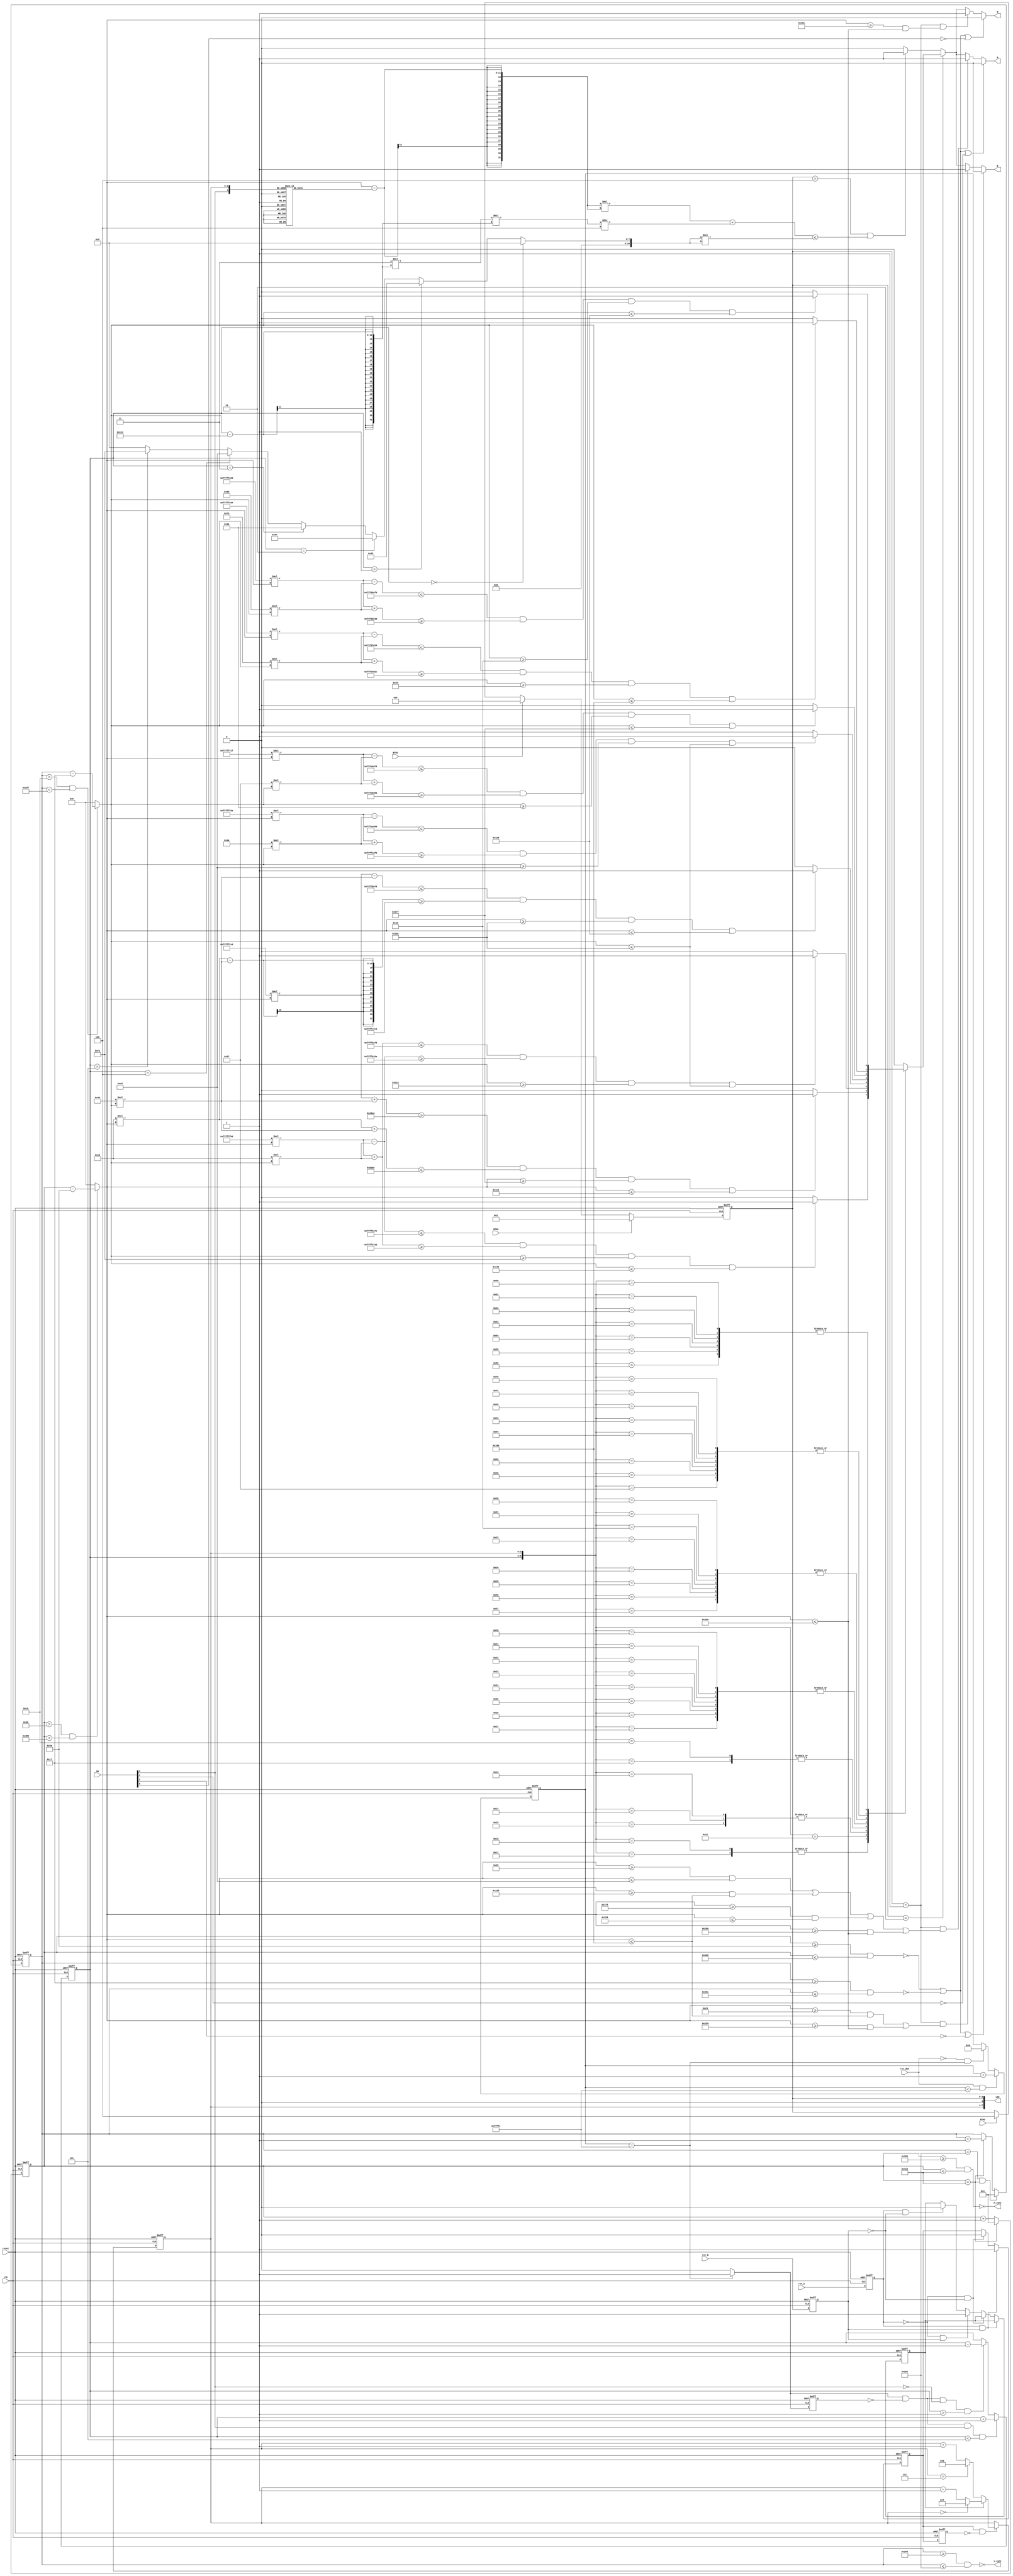
`timescale 1ns / 1ps
//////////////////////////////////////////////////////////////////////////////////
// Company: 
// Engineer: 
// 
// Design Name: 
// Module Name:    fpga3 
// Project Name: 
// Target Devices: 
// Tool versions: 
// Description: 
//
// Dependencies: 
//
// Revision: 
// Revision 0.01 - File Created
// Additional Comments: 
//
//////////////////////////////////////////////////////////////////////////////////
`timescale 1ns / 1ps
//////////////////////////////////////////////////////////////////////////////////
// Company: 
// Engineer: 
// 
// Design Name: 
// Module Name:    fpga3 
// Project Name: 
// Target Devices: 
// Tool versions: 
// Description: 
//
// Dependencies: 
//
// Revision: 
// Revision 0.01 - File Created
// Additional Comments: 
//
//////////////////////////////////////////////////////////////////////////////////
module fpga3(SW,rot_A,rot_B,rot_dwn,BTN0,BTN1,BTN2,reset,clk,LED,R,G,B,h_sync,v_sync);
input [3:0]SW;
input rot_A,rot_B,rot_dwn;
input BTN0,BTN1,BTN2;
input reset,clk;
output [7:0]LED;
output R,G,B;
output wire h_sync,v_sync;

wire [10:0]X_pix,Y_pix;
reg RR,GG,BB;
wire R210,R212,R214,R216,R220,R230,R240,R250;
wire G210,G220,G230,G240,G250,G212,G216,G214;
wire B210,B220,B230,B240,B250,B212,B216,B214;
reg [19:0]debcnt;
wire H_on,V_on;


reg [10:0]H_scan,V_scan,X_cntr;
wire [10:0]RAD;
reg [2:0]pattn,pattn_scal;
reg [3:0]rot_indx;
reg deb_A,deb_AA,dett_A,deb_B,dett_B;
wire scal1;
reg scal2;
wire scal_change;
// block for H_scan: 1-1040 //wqy


// block for H_scan: 1-1040 
always@(posedge reset or posedge clk)
  if(reset)                 H_scan= 11'h000;
  else if(H_scan== 11'd1040)  H_scan= 11'h001;
  else                    H_scan= H_scan+11'h001; 
// block for V_scan: 1-666 
always@(posedge reset or posedge clk)
  if(reset)                 V_scan= 11'h000;
  else if(V_scan== 11'd666 &&H_scan== 11'd1040 )  V_scan= 11'h001;
  else if(H_scan== 11'd1040)  V_scan= V_scan+11'h001; 
  else                     V_scan= V_scan;

// block for H_on and V_on
assign  H_on= (H_scan>= 11'd0105 && H_scan<= 11'd0904);
assign  V_on= (V_scan>= 11'd0023 && V_scan<= 11'd0622);

// block for h_sync and v_sync
assign  h_sync= ~(H_scan>= 11'd0921 && H_scan<= 11'd1040);
assign  v_sync= ~(V_scan>= 11'd0659 && V_scan<= 11'd0666);

// block for X_pix and Y_pix
assign  X_pix= (H_scan>11'd0104 && H_scan<11'd0905)? H_scan - 11'd0105 : 11'd0000;
assign  Y_pix= (V_scan>11'd0022 && V_scan<11'd0623)? V_scan - 11'd0023 : 11'd0000;

assign  R= RR;
assign  G= GG;            			  
assign  B= BB;

always@(*)
 if(~H_on || ~V_on || ~SW[0])                   RR=1'b0;
else if(pattn==3'b001 &&
	  (X_pix>=11'd0401 && X_pix<=11'd0800))  RR= 1'b1;
 else if(pattn==3'b010)
      case({pattn_scal, rot_indx}) 
	   7'b0010000:                           RR= R210;
	   7'b0010001:                           RR= R210; 
       7'b0010010:                           RR= R212;
		  7'b0010011:                           RR= R214;
       7'b0010100:                           RR= R214;
	   7'b0010101:                           RR= R214; 
       7'b0010110:                           RR= R216;
	   7'b0010111:                           RR= R216;
       7'b0100000,   
	   7'b0100001,    
       7'b0100010,   
	   7'b0100011,   	
       7'b0100100,   
		7'b0100101,    
        7'b0100110,   
	    7'b0100111:                          RR= R220;
        7'b0110000,   
	    7'b0110001,    
        7'b0110010,   
	    7'b0110011,   	
        7'b0110100,   
		7'b0110101,    
        7'b0110110,   
		7'b0110111:                          RR= R230;
        7'b1000000,   
		7'b1000001,    
        7'b1000010,   
		7'b1000011,   	
        7'b1000100,   
		7'b1000101,    
        7'b1000110,   
	    7'b1010111:                         RR= R240;	
        7'b1010000,   
	    7'b1010001,    
        7'b1010010,
	    7'b1010011,
        7'b1010100,   
		7'b1010101,    
        7'b1010110,   
		7'b1010111:                         RR= R250;
		default:                             RR= 1'b0;
		  endcase				
else if(pattn==3'b100 && (X_pix-X_cntr)*(X_pix-X_cntr)+3*(Y_pix-300)*(Y_pix-300)/4<=RAD*RAD)
			   RR = 1'b1;
else                                       RR= 1'b0;	
// - - - - - - - - - - - subfunctional modules
assign  
        R210= (-75*X_pix-29*Y_pix<=-37250 &&  
               -75*X_pix+29*Y_pix>=-22750 &&
		  			Y_pix>=250 && Y_pix<=325)?      1:0,
       /*R210= (-75*X_pix-29*Y_pix>-37250)?      0:
		     (-75*X_pix+29*Y_pix<-22750)?     0:
		     (Y_pix>325)?                    0:
		     (Y_pix<250)?                    0: 1;//YU*/
/*assign*/  R220= (-150*X_pix-58*Y_pix<=-71600 &&  
             -150*X_pix+58*Y_pix>=-48400 &&
			 Y_pix>=200 && Y_pix<=350)?        1:0,//
       R230= (-225*X_pix-87*Y_pix<=-103050 &&  
              -225*X_pix+87*Y_pix>=-76950 &&
		      Y_pix>=150 && Y_pix<=375)?        1:0,
	   R240= (-300*X_pix-115*Y_pix<=-131500 &&  
             -300*X_pix+115*Y_pix>=-108500 &&
			  Y_pix>=100 && Y_pix<=400)?        1:0,
	   R250= (-375*X_pix-144*Y_pix<=-157200 &&  
             -375*X_pix+144*Y_pix>=-142800 &&
			  Y_pix>=50 && Y_pix<=425)?         1:0;
assign  
		R212= (-29*X_pix+75*Y_pix>=9450 &&  
               29*X_pix+75*Y_pix<=35550 &&X_pix>=375 && X_pix<=450)?       1:0,
		R216= (-29*X_pix-75*Y_pix<=-32650 &&  
               29*X_pix-75*Y_pix>=-12350 &&
			   X_pix>=350 && X_pix<=425)?       1:0,
		R214= (-75*X_pix+29*Y_pix<=-19850 &&  
               -75*X_pix-29*Y_pix>=-40150 &&
			   Y_pix>=275 && Y_pix<=350)?       1:0;	

always@(*)
   if(~H_on || ~V_on || ~SW[1])                    GG=1'b0;
 else if(pattn==3'b001 &&
	   ((X_pix>=11'd0101 && X_pix<=11'd0200) ||
		(X_pix>=11'd0301 && X_pix<=11'd0400)||(X_pix>=11'd0501&&X_pix<=11'd0600 )||(X_pix>=11'd0701&&X_pix<=11'd0800)))   GG= 1'b1;
 else if(pattn==3'b010 )
     case({pattn_scal,rot_indx})
	  7'b0010000,                                 
	  7'b0010001:                        GG= G210;
	  7'b0010010:                        GG= G212;
	  7'b0010011,                        
	  7'b0010100,                        
	  7'b0010101:                        GG= G214;
	  7'b0010110,                        	  
	  7'b0010111:                        GG= G216;
	  7'b0100000, 7'b0100001, 7'b0100010,  
		7'b0100011, 7'b0100100, 7'b0100101,    
      7'b0100110, 7'b0100111:               GG= G220;
		7'b0110000, 7'b0110001, 7'b0110010,   
	   7'b0110011, 7'b0110100, 7'b0110101,    
      7'b0110110, 7'b0110111:               GG= G230;
		7'b1000000, 7'b1000001, 7'b1000010,   
		7'b1000011, 7'b1000100, 7'b1000101,    
      7'b1000110, 7'b1010111:               GG= G240;
		7'b1010000, 7'b1010001, 7'b1010010,
	   7'b1010011, 7'b1010100, 7'b1010101,    
      7'b1010110, 7'b1010111:               GG= G250;
		default:                              GG= 1'b0;
    endcase
 else if(pattn==3'b100 && (X_pix-X_cntr)*(X_pix-X_cntr)+ 3*(Y_pix-300)*(Y_pix-300)/4<=RAD*RAD)   
			                                 GG= 1'b1;
 else                                         GG= 1'b0;
// - - - - - - - - - - - - subfunctional modules
assign  G210= (-75*X_pix-29*Y_pix<=-37250 &&  
             -75*X_pix+29*Y_pix>=-22750 &&
			 Y_pix>=250 && Y_pix<=325)?          1:0,
	   G220= (-150*X_pix-58*Y_pix<=-71600 &&  
             -150*X_pix+58*Y_pix>=-48400 &&
			  Y_pix>=200 && Y_pix<=350)?         1:0,
	 G230= (-225*X_pix-87*Y_pix<=-103050 &&  
             -225*X_pix+87*Y_pix>=-76950 &&
			  Y_pix>=150 && Y_pix<=375)?         1:0,
	   G240= (-300*X_pix-115*Y_pix<=-131500 &&  
             -300*X_pix+115*Y_pix>=-108500 &&
			  Y_pix>=100 && Y_pix<=400)?         1:0,
	   G250= (-375*X_pix-144*Y_pix<=-157200 &&  
             -375*X_pix+144*Y_pix>=-142800 &&
			  Y_pix>=50 && Y_pix<=425)?          1:0;

assign  
		G212= (-29*X_pix+75*Y_pix>=9450 &&  
               29*X_pix+75*Y_pix<=35550 &&X_pix>=375 && X_pix<=450)?       1:0,
		G216= (-29*X_pix-75*Y_pix<=-32650 &&  
               29*X_pix-75*Y_pix>=-12350 &&
			   X_pix>=350 && X_pix<=425)?       1:0,
		G214= (-75*X_pix+29*Y_pix<=-19850 &&  
               -75*X_pix-29*Y_pix>=-40150 &&
			   Y_pix>=275 && Y_pix<=350)?       1:0;	

		
always@(*)
 if(~H_on || ~V_on || ~SW[2])                   BB=1'b0;
else if(pattn==3'b001 && 
	  ((X_pix>=11'd0201 && X_pix<=11'd0400)||
	   (X_pix>=11'd0601 && X_pix<=11'd0800)))   BB= 1'b1;
 else if(pattn==3'b010)
    case({pattn_scal,rot_indx})
	  7'b0010000,                                 
	  7'b0010001:                        BB= B210;
	  7'b0010010:                        BB= B212;
	  7'b0010011,                        
	  7'b0010100,                        
	  7'b0010101:                        BB= B214;
	  7'b0010110,                        	  
	  7'b0010111:                        BB= B216;
	  7'b0100000, 7'b0100001, 7'b0100010,  
		7'b0100011, 7'b0100100, 7'b0100101,    
      7'b0100110, 7'b0100111:               BB= B220;
		7'b0110000, 7'b0110001, 7'b0110010,   
	   7'b0110011, 7'b0110100, 7'b0110101,    
      7'b0110110, 7'b0110111:               BB= B230;
		7'b1000000, 7'b1000001, 7'b1000010,   
		7'b1000011, 7'b1000100, 7'b1000101,    
      7'b1000110, 7'b1010111:               BB= B240;
		7'b1010000, 7'b1010001, 7'b1010010,
	   7'b1010011, 7'b1010100, 7'b1010101,    
      7'b1010110, 7'b1010111:               BB= B250;
		default:                              BB= 1'b0;
    endcase
  else if(pattn==3'b100 && (X_pix-X_cntr)*(X_pix-X_cntr)+3*(Y_pix-300)*(Y_pix-300)/4<=RAD*RAD)   
			                                BB= 1'b1;
  else                                        BB= 1'b0;
// - - - - - - - - subfunctional modules
assign  B210= (-75*X_pix-29*Y_pix<=-37250 &&  
             -75*X_pix+29*Y_pix>=-22750 &&
			  Y_pix>=250 && Y_pix<=325)?        1:0,
	   B220= (-150*X_pix-58*Y_pix<=-71600 &&  
             -150*X_pix+58*Y_pix>=-48400 &&
			  Y_pix>=200 && Y_pix<=350)?        1:0,
       B230= (-225*X_pix-87*Y_pix<=-103050 &&  
             -225*X_pix+87*Y_pix>=-76950 &&
				 	  Y_pix>=150 && Y_pix<=375)?        1:0,
	   B240= (-300*X_pix-115*Y_pix<=-131500 &&  
             -300*X_pix+115*Y_pix>=-108500 &&
			  Y_pix>=100 && Y_pix<=400)?        1:0,
	   B250= (-375*X_pix-144*Y_pix<=-157200 &&  
             -375*X_pix+144*Y_pix>=-142800 &&
			  Y_pix>=50 && Y_pix<=425)?         1:0;

	assign	B212= (-29*X_pix+75*Y_pix>=9450 &&  
					29*X_pix+75*Y_pix<=35550 &&
					X_pix>=375 && X_pix<=450)?        1'b1:1'b0;
assign	B214= (-75*X_pix+29*Y_pix<=-19850 &&  
					-75*X_pix-29*Y_pix>=-40150 &&
					Y_pix>=275 && Y_pix<=350)?        1'b1:1'b0;	

assign	B216= (-29*X_pix-75*Y_pix<=-32650 &&  
					29*X_pix-75*Y_pix>=-12350 &&
				   X_pix>=350 && X_pix<=425)?        1'b1:1'b0;
always@(posedge reset or posedge clk)
  if(reset)      pattn<= 3'b000;           
  else if(BTN0)  pattn<= 3'b001;      // display of 8 vertical bars
  else if(BTN1)  pattn<= 3'b010;      // display of triangle 
  else if(BTN2)  pattn<= 3'b100;      // display of circles
  else         pattn<= pattn;
// block for pattn-scaling settings
always@(posedge reset or posedge clk)
 if(reset)                               debcnt= 20'h00000; 
 else if(rot_dwn && debcnt<20'hFFFFE)    debcnt= debcnt+20'h00001;
 else if(~rot_dwn && debcnt==20'hffffe)  debcnt= 20'h00000;
 else if(~rot_dwn && debcnt!=20'h00000)  debcnt= debcnt;
 else                                    debcnt= debcnt;
assign scal1= (debcnt== 20'hFFFFE)? 1 : 0;
always@(posedge reset or posedge clk)
 if(reset)         scal2= 1'b0;
 else              scal2= scal1; 
assign scal_change= scal1 && ~scal2;
 
always@(posedge reset or negedge clk)
 if(reset)                           pattn_scal= 3'b000;
 else if(scal_change && 
        SW[3] && pattn_scal<3'h5)   pattn_scal= pattn_scal+3'b001;
 else if(scal_change &&  ~SW[3] && pattn_scal>3'h1)  pattn_scal= pattn_scal-3'b001;
 else                                pattn_scal= pattn_scal;
always@(posedge reset or negedge clk)
 if(reset)  rot_indx= 4'h0;
 else if(deb_A & ~deb_AA)
       if(deb_B)    
		 begin
		 if(rot_indx==4'h0)
		      rot_indx= 
				      4'h7 ;
						else rot_indx=rot_indx- 4'h1;
				end
       else rot_indx= (rot_indx==4'h7)?  
		            4'h0 : rot_indx+ 4'h1;
 else       rot_indx= rot_indx;				

always@(posedge reset or posedge clk)
 if(reset)   begin dett_A=1'b1;
                  dett_B=1'b1;
            end
 else        begin dett_A=rot_A;
                  dett_B=rot_B;
            end 
									 
									 
always@(posedge reset or posedge clk) 
 if(reset)                   begin deb_A=1'b1;
                                   deb_B=1'b1;
                             end
 else if(dett_A && dett_B)   begin deb_A=1'b1;
                                   deb_B=deb_B;
                             end
 else if(~dett_A && ~dett_B) begin deb_A=1'b0;
                                   deb_B=deb_B;
                             end
 else if(~dett_A && dett_B)  begin deb_A=deb_A;
                                 deb_B=1'b1;
                             end
 else if(dett_A && ~dett_B)  begin deb_A=deb_A; 
                                   deb_B=1'b0;
                             end
									  
always@(posedge reset or posedge clk)
 if(reset)       deb_AA= 1'b1;
 else            deb_AA= deb_A;    // relationship btw deb_A and deb_AA?
 
 assign   RAD= (pattn_scal== 3'b000)?  11'd000 :
              (pattn_scal== 3'b001)?  11'd050 :
				  (pattn_scal== 3'b010)?  11'd100 :
				  (pattn_scal== 3'b011)?  11'd150 :
				  (pattn_scal== 3'b100)?  11'd200 :
				  (pattn_scal== 3'b101)?  11'd250 : 
				                       11'd000;
always@(*)
case({SW[3], rot_indx})
 5'h11:  X_cntr= 11'd430;
 5'h12:  X_cntr= 11'd450;
 5'h13:  X_cntr= 11'd470;
 5'h14:  X_cntr= 11'd500;
 5'h15:  X_cntr= 11'd530;
 5'h16:  X_cntr= 11'd550;
 5'h17:  X_cntr= 11'd570;
 5'h01:  X_cntr= 11'd370;
 5'h02:  X_cntr= 11'd350;
 5'h03:  X_cntr= 11'd330;
 5'h04:  X_cntr= 11'd300;
 5'h05:  X_cntr= 11'd270;
 5'h06:  X_cntr= 11'd250;
 5'h07:  X_cntr= 11'd230;
  default:    X_cntr= 11'd400;
endcase
 assign   LED[7:0]= {rot_indx, 1'b0, pattn};
 
 endmodule